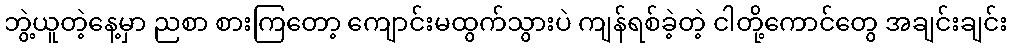
ဘွဲ့ယူတဲ့နေ့မှာ ညစာ စားကြတော့ ကျောင်းမထွက်သွားပဲ ကျန်ရစ်ခဲ့တဲ့ ငါတို့ကောင်တွေ အချင်းချင်း